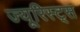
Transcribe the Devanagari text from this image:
ज्यूरिस्ट्स